Epidemic dropsy in Calcutta - Number 45
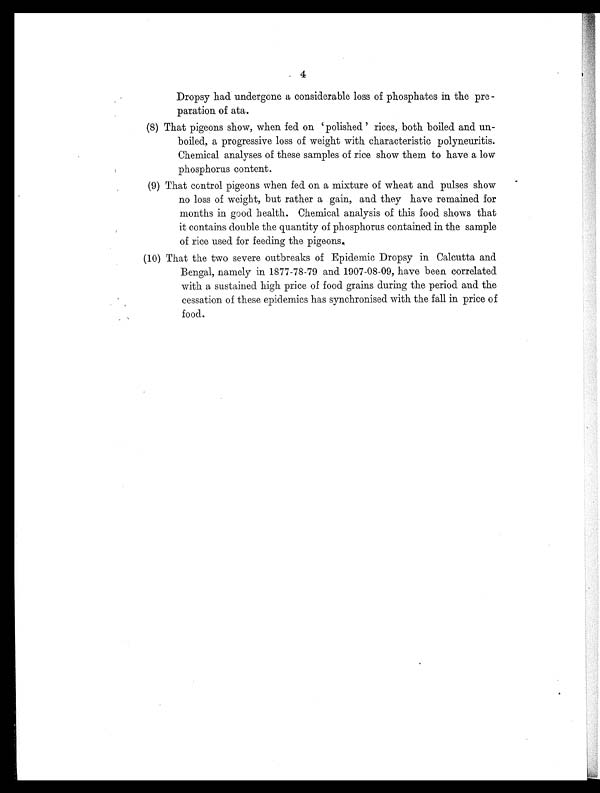
4
Dropsy had undergone a considerable loss of phosphates in the pre -
paration of ata.
(8) That pigeons show, when fed on 'polished' rices, both boiled and un-
boiled, a progressive loss of weight with characteristic polyneuritis.
Chemical analyses of these samples of rice show them to have a low
phosphorus content.
(9) That control pigeons when fed on a mixture of wheat and pulses show
no loss of weight, but rather a gain, and they have remained for
months in good. health. Chemical analysis of this food shows that
it contains double the quantity of phosphorus contained in the sample
of rice used for feeding the pigeons,
(10) That the two severe outbreaks of Epidemic Dropsy in Calcutta and
Bengal, namely in 1877-78-79 and 1907-08-09, have been correlated
with a sustained high price of food grains during the period and the
cessation of these epidemics has synchronised with the fall in price of
food.